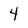
Character: 4